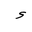
Letter: _hamza